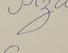
Signature authenticity: forged